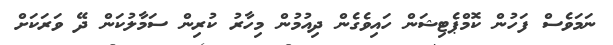
ނަމަވެސް ފަހުން ކޮމްޕެޓިޝަން ހައިވެގެން ދިއުމުން މިހާރު ކުރިން ސަމާލުކަން ދޭ ވަރަކަށް